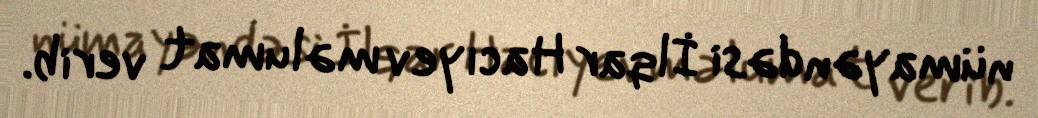
nümayəndəsi İlqar Hacıyev məlumat verib.